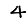
Digit: 4